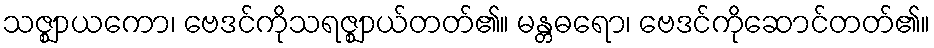
သဇ္ဈာယကော၊ ဗေဒင်ကိုသရဇ္ဈာယ်တတ်၏။ မန္တဓရော၊ ဗေဒင်ကိုဆောင်တတ်၏။